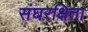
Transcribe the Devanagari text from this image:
संघरक्षिता